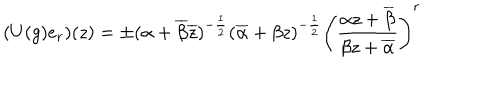
( U ( g ) e _ { r } ) ( z ) = \pm ( \alpha + \overline { { { \beta } } } \overline { { { z } } } ) ^ { - \frac { 1 } { 2 } } ( \overline { { { \alpha } } } + \beta z ) ^ { - \frac { 1 } { 2 } } \left( \frac { \alpha z + \overline { { { \beta } } } } { \beta z + \overline { { { \alpha } } } } \right) ^ { r }